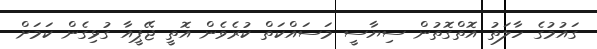
ގައުމުގެ ހާލަތު އޮތްގޮތުން ސިޔާސީ މަސައްކަތް ކުރެވެން އޮތީ ޖޭޕީއާ ގުޅިގެން ކަމަށް